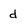
Character: d